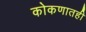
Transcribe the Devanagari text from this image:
कोकणातही